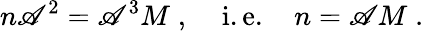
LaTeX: n\mathscr{A}^{2}=\mathscr{A}^{3}M\; ,\; \; \; \; \mathrm{{i.e.}}\; \; \; \; n=\mathscr{A}M\; .